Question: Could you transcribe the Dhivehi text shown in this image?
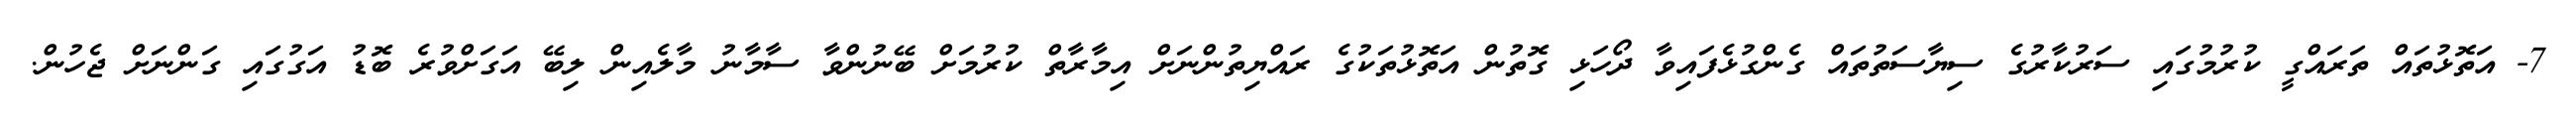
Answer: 7- އަތޮޅުތައް ތަރައްގީ ކުރުމުގައި ސަރުކާރުގެ ސިޔާސަތުތައް ގެންގުޅެފައިވާ ދޯހަޅި ގޮތުން އަތޮޅުތަކުގެ ރައްޔިތުންނަށް އިމާރާތް ކުރުމަށް ބޭނުންވާ ސާމާނު މާލެއިން ލިބޭ އަގަށްވުރެ ބޮޑު އަގުގައި ގަންނަށް ޖެހުން.